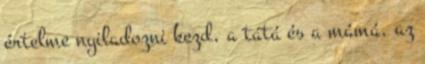
értelme nyiladozni kezd, a tátá és a mámá, az